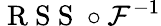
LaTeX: \mathrm{~R~S~S~}\circ\mathcal{F}^{-1}